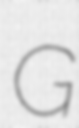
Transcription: G